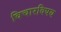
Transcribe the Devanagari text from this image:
विचारविषय